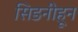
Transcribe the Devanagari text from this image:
सिडनीहून